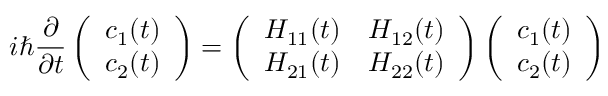
i \hbar \frac { \partial } { \partial t } \left( \begin{array} { l } { c _ { 1 } ( t ) } \\ { c _ { 2 } ( t ) } \end{array} \right) = \left( \begin{array} { l l } { H _ { 1 1 } ( t ) } & { H _ { 1 2 } ( t ) } \\ { H _ { 2 1 } ( t ) } & { H _ { 2 2 } ( t ) } \end{array} \right) \left( \begin{array} { l } { c _ { 1 } ( t ) } \\ { c _ { 2 } ( t ) } \end{array} \right)